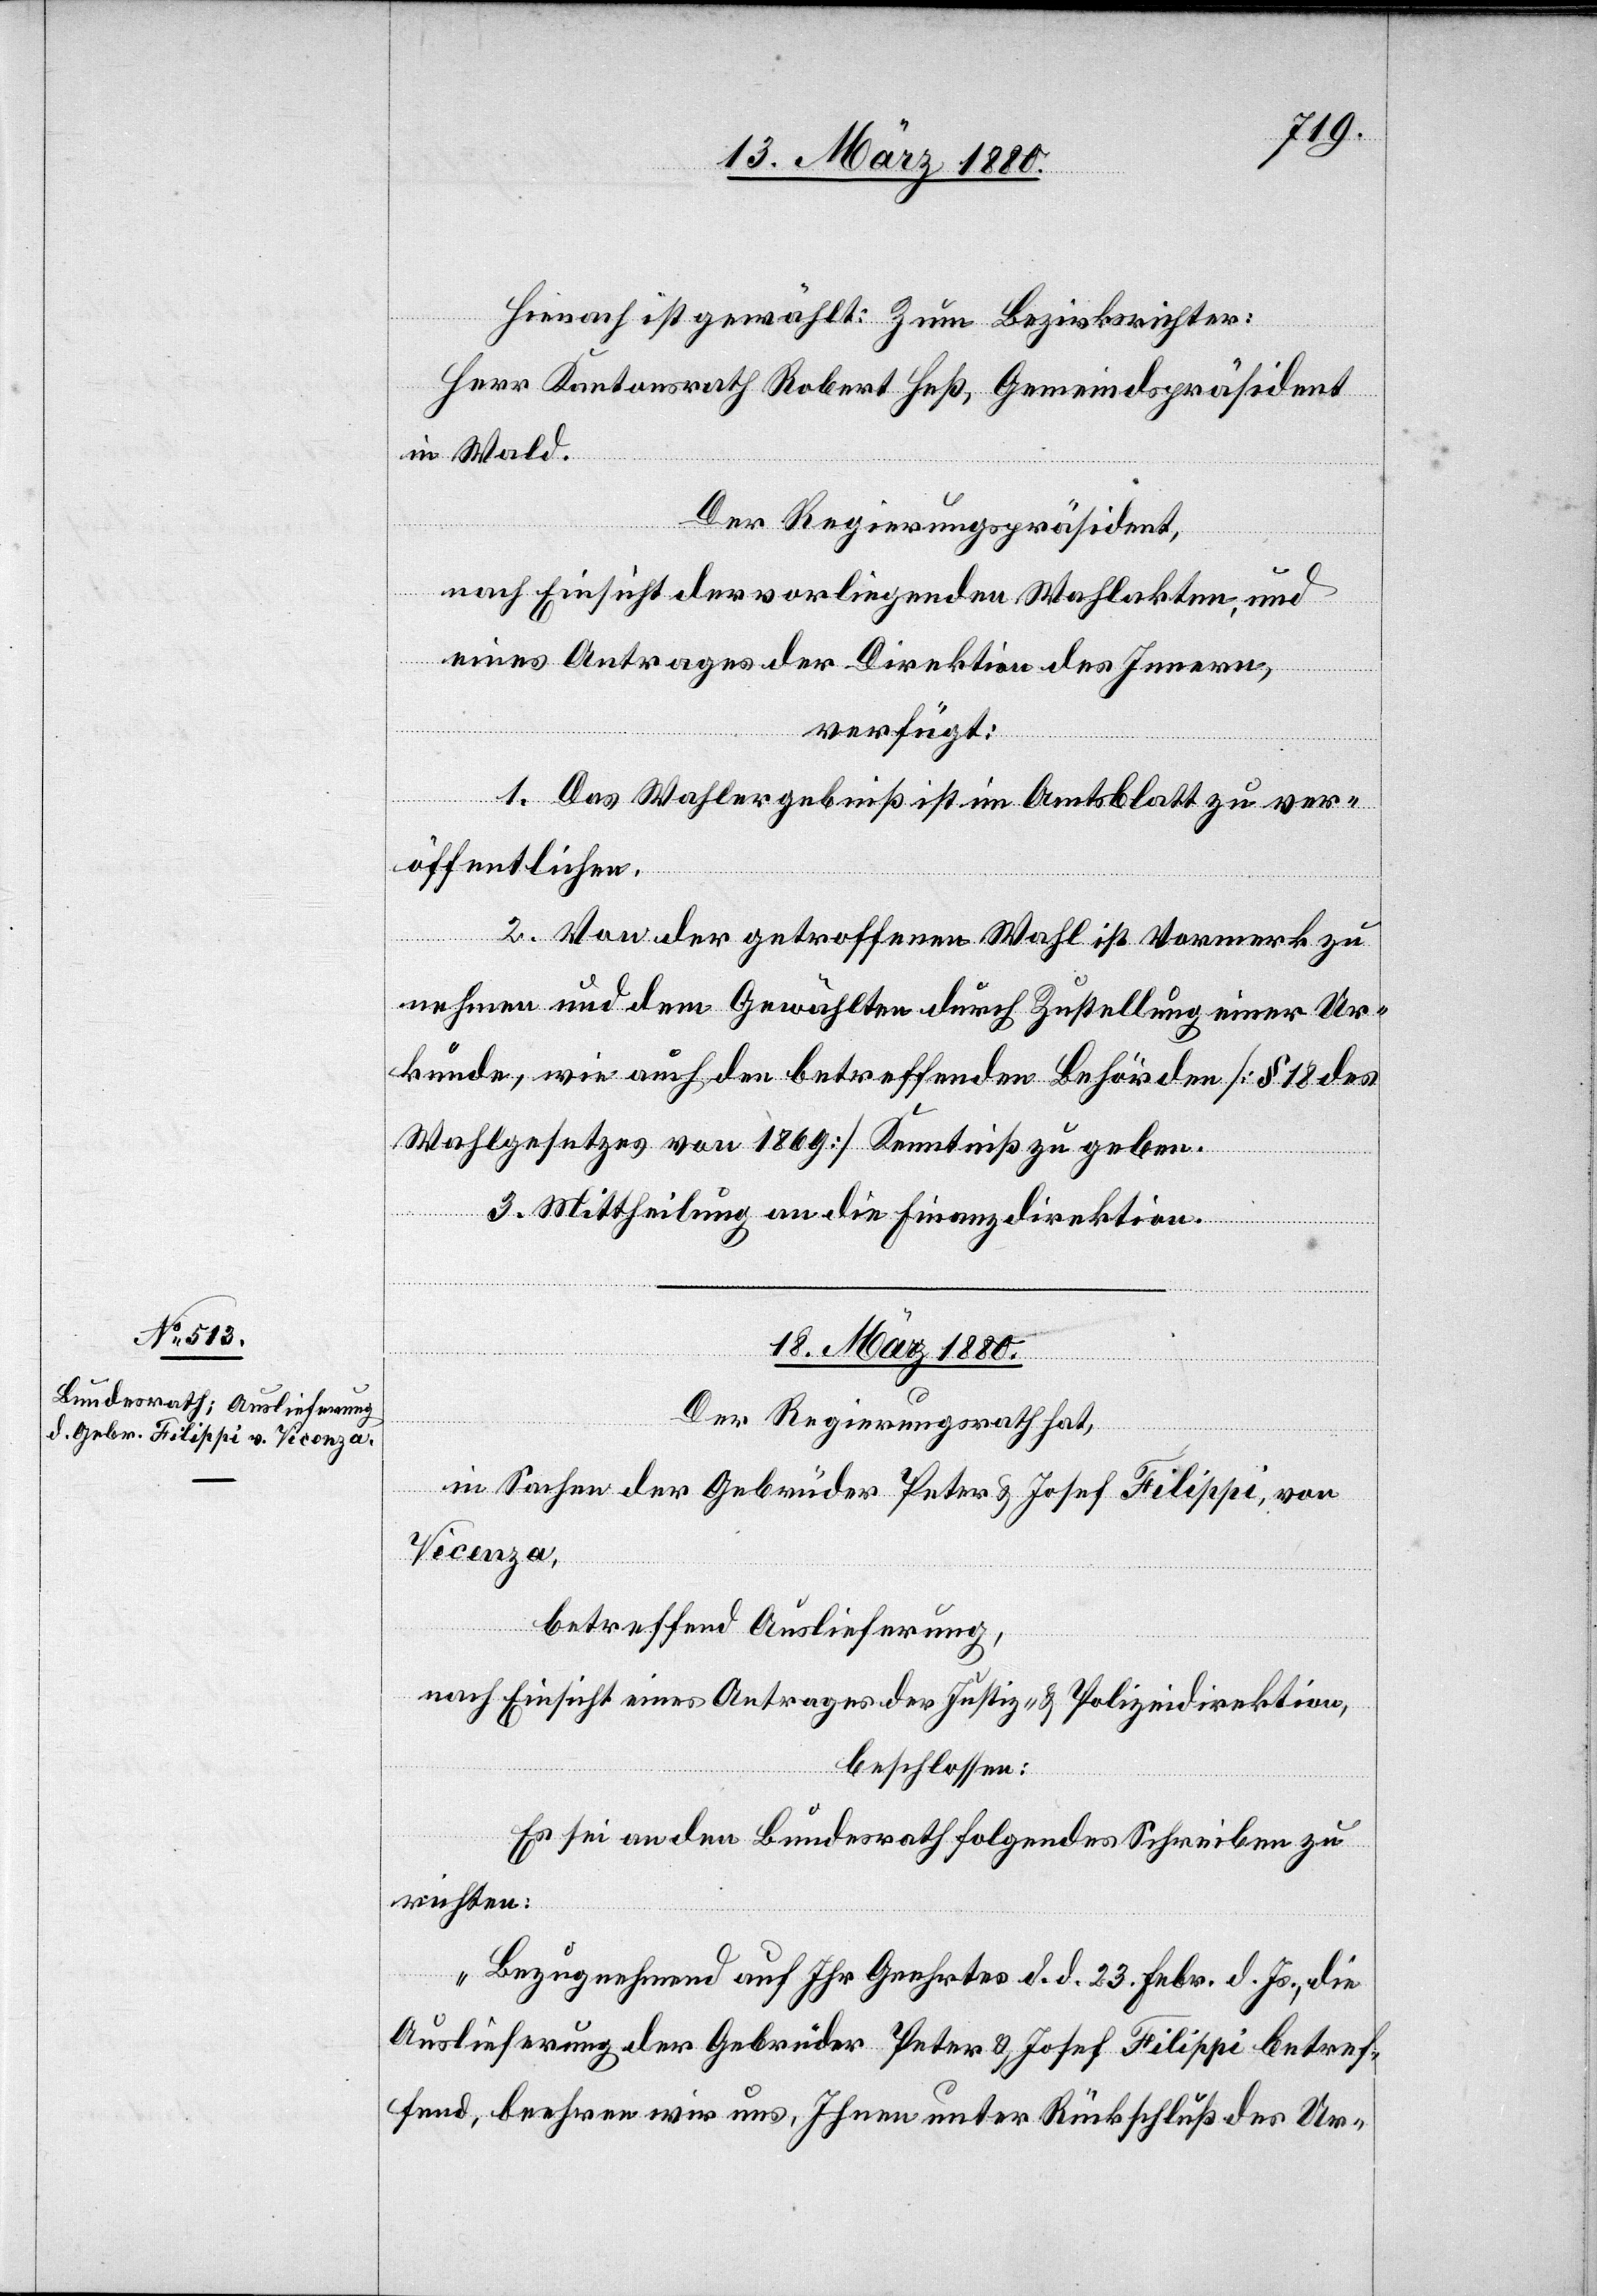
Hienach ist gewählt: Zum Bezirksrichter:
Herr Kantonsrath Robert Heß. Gemeindspräsident
in Wald.
Der Regierungspräsident,
nach Einsicht der vorliegenden Wahlakten, und
eines Antrages der Direktion des Innern,
verfügt:
1. Das Wahlergebniß ist im Amtsblatt zu ver¬
öffentlichen.
2. Von der getroffenen Wahl ist Vormerk zu
nehmen und dem Gewählten durch Zustellung einer Ur¬
kunde, wie auch den betreffenden Behörden [§ 18 des
Wahlgesetzes von 1869] Kenntniß zu geben.
3. Mittheilung an die Finanzdirektion.
18. März 1880.
Der Regierungsrath hat,
in Sachen der Gebrüder Peter & Josef Filippi, von
Vicenza,
betreffend Auslieferung,
nach Einsicht eines Antrages der Justiz- & Polizeidirektion,
beschlossen:
Es sei an den Bundesrath folgendes Schreiben zu
richten:
„Bezugnehmend auf Ihr Geehrtes d. d. 23. Febr. d. Js., die
Auslieferung der Gebrüder Peter & Josef Filippi betref¬
fend, beehren wir uns, Ihnen unter Rückschluß des Ur-